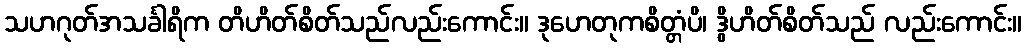
သဟဂုတ်အသင်္ခါရိက တိဟိတ်စိတ်သည်လည်းကောင်း။ ဒုဟေတုကစိတ္တံပိ၊ ဒွိဟိတ်စိတ်သည် လည်းကောင်း။